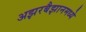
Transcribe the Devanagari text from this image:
अझरबैझानमध्ये